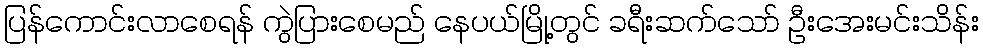
ပြန်ကောင်းလာစေရန် ကွဲပြားစေမည် နေပယ်မြို့တွင် ခရီးဆက်သော် ဦးအေးမင်းသိန်း